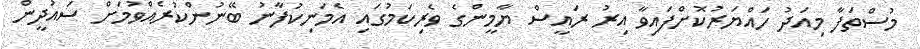
މުސްތަފާ މިއަދު ހައްޔަރުކޮށްފައިވާ އިރު ރައީސް ޔާމީންގެ ވެރިކަމުގައި އެމަނިކުފާނު ބޭނުންކުރެއްވުމަށް ސައުދީން